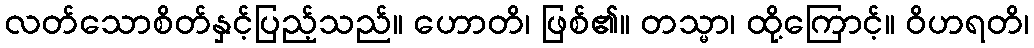
လတ်သောစိတ်နှင့်ပြည့်သည်။ ဟောတိ၊ ဖြစ်၏။ တသ္မာ၊ ထို့ကြောင့်။ ဝိဟရတိ၊